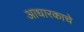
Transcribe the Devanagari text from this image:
आधारकाचे